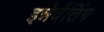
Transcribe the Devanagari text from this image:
इन्नेर्वतिंग